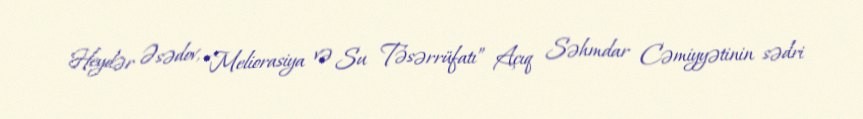
Heydər Əsədov, “Meliorasiya və Su Təsərrüfatı” Açıq Səhmdar Cəmiyyətinin sədri